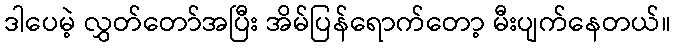
ဒါပေမဲ့ လွှတ်တော်အပြီး အိမ်ပြန်ရောက်တော့ မီးပျက်နေတယ်။